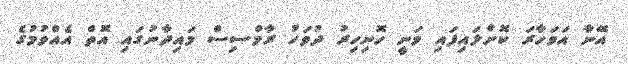
އޭނާ އަވަހާރަ ކޮށްލައިފައި ވަނީ ހޮނިހިރު ދުވަހު ރާމްސިސް މައިދާނުގައި އޮތް އެއްވުމުގެ